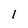
Character: 1